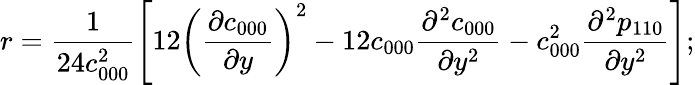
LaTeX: r=\frac{1}{24c_{000}^{2}}\left[12\left(\frac{\partial c_{000}}{\partial y}\right)^{2}-12c_{000}\frac{\partial^{2}c_{000}}{\partial y^{2}}-c_{000}^{2}\frac{\partial^{2}p_{110}}{\partial y^{2}}\right];